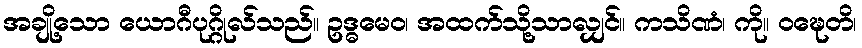
အချို့သော ယောဂီပုဂ္ဂိုလ်သည်။ ဥဒ္ဓမေဝ၊ အထက်သို့သာလျှင်။ ကသိဏံ၊ ကို။ ဝဍ္ဎေတိ၊